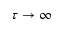
\tau \rightarrow \infty